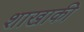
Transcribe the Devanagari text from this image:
शाखाकी